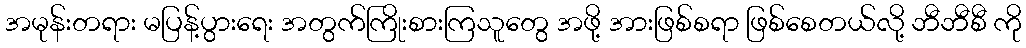
အမုန်းတရား မပြန့်ပွားရေး အတွက်ကြိုးစားကြသူတွေ အဖို့ အားဖြစ်စရာ ဖြစ်စေတယ်လို့ ဘီဘီစီ ကို